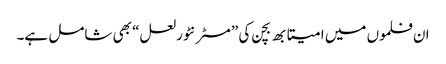
ان فلموں میں امیتابھ بچن کی ”مسٹر نٹورلعل“ بھی شامل ہے۔